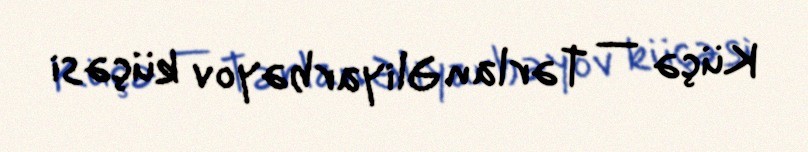
Küçə — Tərlan Əliyarbəyov küçəsi